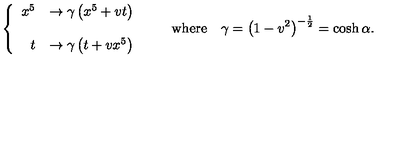
\left\{ \begin{array} { r l } { x ^ { 5 } } & { \rightarrow \gamma \left( x ^ { 5 } + v t \right) } \\ { } & { } \\ { t } & { \rightarrow \gamma \left( t + v x ^ { 5 } \right) } \\ \end{array} \right. \qquad \mathrm { w h e r e } \quad \gamma = \left( 1 - v ^ { 2 } \right) ^ { - { \frac { 1 } { 2 } } } = \cosh \alpha .